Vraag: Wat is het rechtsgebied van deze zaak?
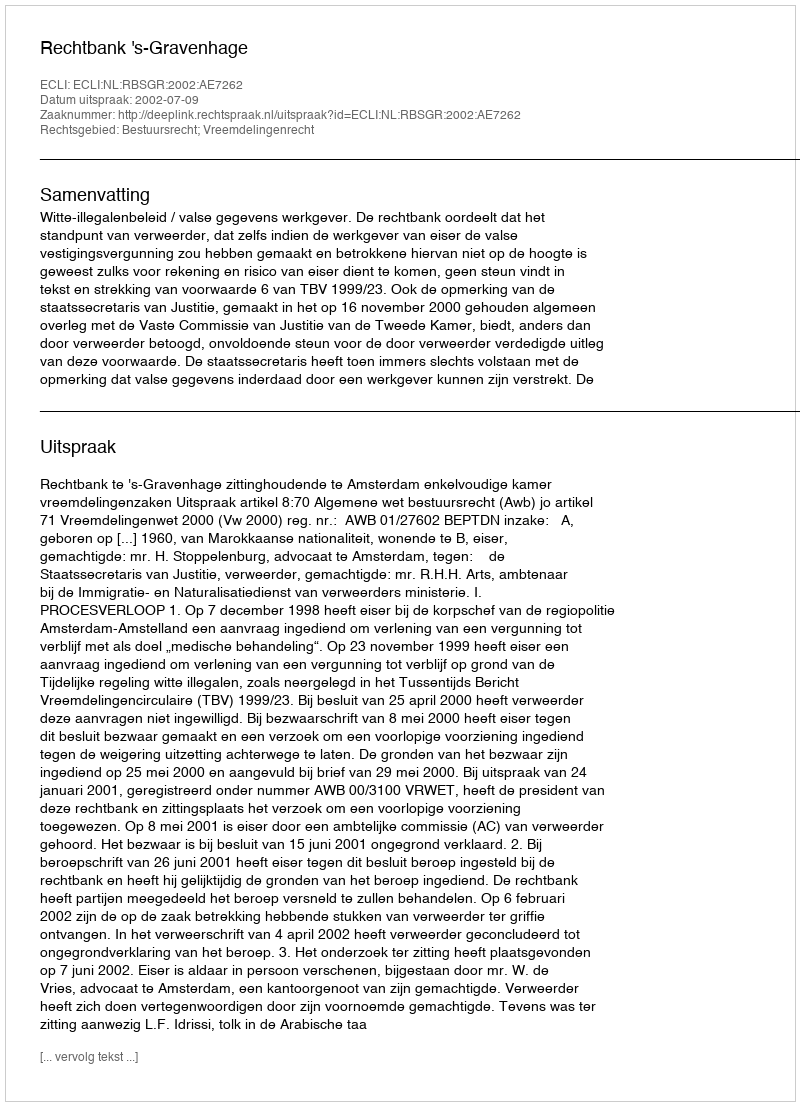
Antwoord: Bestuursrecht; Vreemdelingenrecht